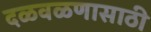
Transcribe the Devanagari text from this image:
दळवळणासाठी